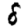
Digit: 8